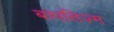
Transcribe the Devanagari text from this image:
बापतिज़्म